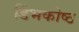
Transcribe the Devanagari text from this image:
डिंभकोष्ठ